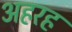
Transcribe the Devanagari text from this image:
अहरह